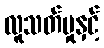
လူသတ်မှုနှင့်